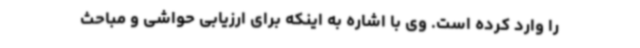
را وارد کرده است. وی با اشاره به اینکه برای ارزیابی حواشی و مباحث